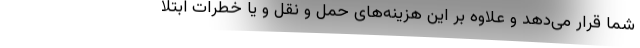
شما قرار می‌دهد و علاوه بر این هزینه‌های حمل و نقل و یا خطرات ابتلا